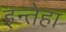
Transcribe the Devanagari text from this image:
इन्तेहा